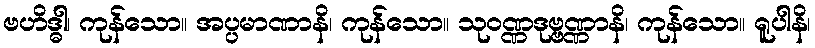
ဗဟိဒ္ဓါ၊ ကုန်သော။ အပ္ပမာဏာနိ၊ ကုန်သော။ သုဝဏ္ဏဒုဗ္ဗဏ္ဏာနိ၊ ကုန်သော။ ရူပါနိ၊